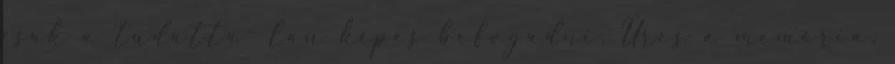
csak a tudatta- lan képes befogadni. Üres a memória,